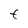
Character: t